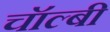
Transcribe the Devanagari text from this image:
चॉल्बी